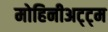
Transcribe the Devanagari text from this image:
मोहिनीअट्ट्म